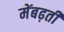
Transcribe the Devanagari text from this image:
मेंबढ़ती